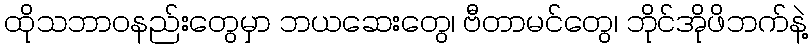
ထိုသဘာဝနည်းတွေမှာ ဘယဆေးတွေ၊ ဗီတာမင်တွေ၊ ဘိုင်အိုဖိဘက်နဲ့